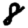
Digit: 8